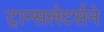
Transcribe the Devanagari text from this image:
ट्रान्सलेटर्सने